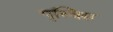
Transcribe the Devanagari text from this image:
पृथ्विस